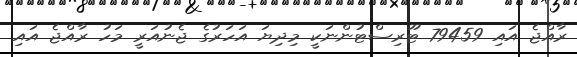
ރާއްޖެ އައި 79459 ޓޫރިސްޓުންނަކީ މިދިޔަ އަހަރުގެ ޖެނުއަރީ މަހު ރާއްޖެ އައި